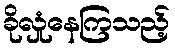
ခိုလှုံနေကြသည့်